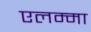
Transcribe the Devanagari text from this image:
एलम्‍मा